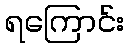
ရကြောင်း